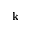
\textbf { k }